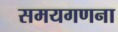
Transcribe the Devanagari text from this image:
समयगणना